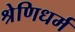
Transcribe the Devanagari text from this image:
श्रेणिधर्म